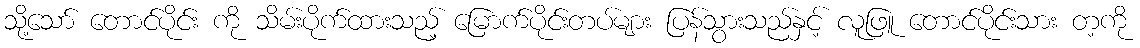
သို့သော် တောင်ပိုင်း ကို သိမ်းပိုက်ထားသည့် မြောက်ပိုင်းတပ်များ ပြန်သွားသည်နှင့် လူဖြူ တောင်ပိုင်းသား တ့ကို